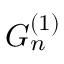
G _ { n } ^ { ( 1 ) }